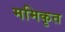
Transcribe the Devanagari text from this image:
ममिकृत